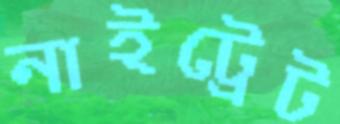
নাইট্রেট